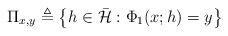
LaTeX: \begin{align*}\Pi_{x,y}\triangleq\left\{ h\in\bar{\mathcal{H}}:\Phi_{1}(x;h)=y\right\} \end{align*}